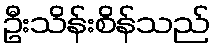
ဦးသိန်းစိန်သည်